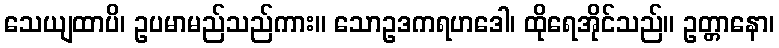
သေယျထာပိ၊ ဥပမာမည်သည်ကား။ သောဥဒကရဟဒေါ၊ ထိုရေအိုင်သည်။ ဥတ္တာနော၊